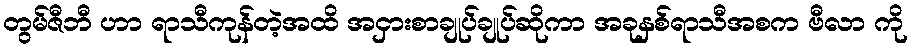
တွမ်ဇီဘီ ဟာ ရာသီကုန်တဲ့အထိ အငှားစာချုပ်ချုပ်ဆိုကာ အခုနှစ်ရာသီအစက ဗီလာ ကို